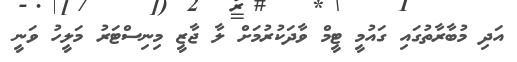
އަދި މުބާރާތުގައި ގައުމީ ޓީމް ވާދަކުރުމަށް ލާ ޖާޒީ މިނިސްޓަރު މަލީހު ވަނީ